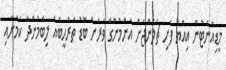
މީޑިއާނެޓުން އިއްޔެ ފެށި ޗެލެންޖަށް އާންމުންގެ ވަރަށް ބޮޑު ތަރުހީބެއް ލިބެމުންދާ ކަމަށާއި